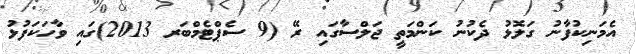
އެމަނިކުފާނު ގަލޮޅު ދެކުނު ކަންމަތީ ޖަލްސާގައި ރޭ (9 ސެޕްޓެމްބަރ 2013)ގައި ވާހަކަފުޅު